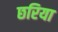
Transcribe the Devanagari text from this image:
छरिया